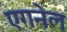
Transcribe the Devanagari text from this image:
एगनेल